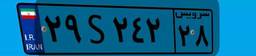
۲۹S۲۴۲۲۸